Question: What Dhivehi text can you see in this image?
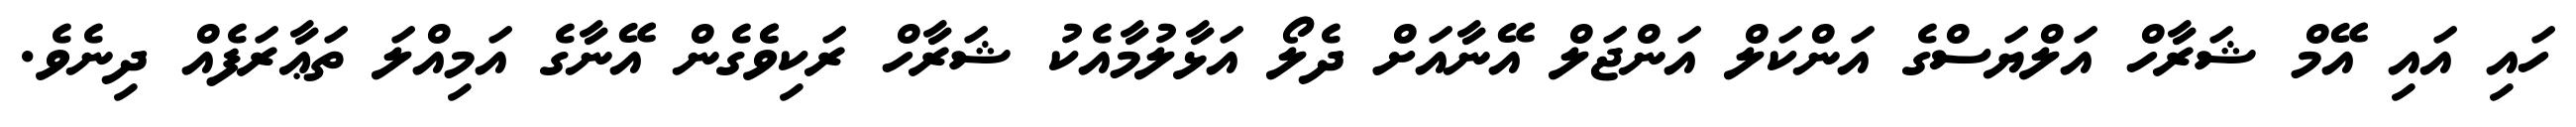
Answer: ހައި އައި އޭމް ޝަރާހް އަލްޔަސްގެ އަންކަލް އަންޖަލް އޭނާއަށް ދެލޯ އަޅާލުމާއެކު ޝަރާހް ރަކިވެެގެން އޭނާގެ އަމިއްލަ ތަޢާރަފެއް ދިނެވެ.